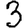
Digit: 3